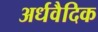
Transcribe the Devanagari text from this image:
अर्धवैदिक